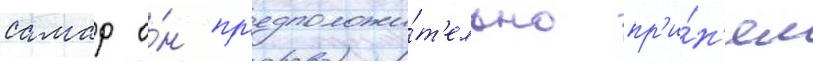
самар о́н пр'едположи́т'ельно пр'и́н'ял